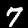
Label: 7